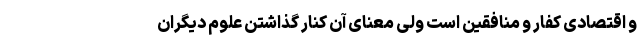
و اقتصادی کفار و منافقین است ولی معنای آن کنار گذاشتن علوم دیگران